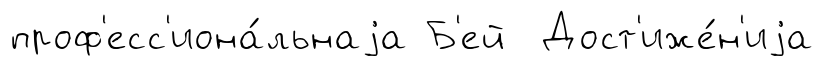
проф'есс'иона́льнаjа Б'ей Дост'иже́н'иjа